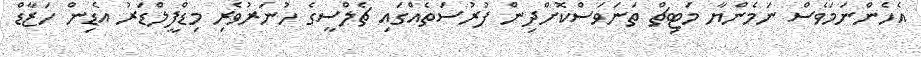
އެހެންނަމަވެސް ނަމެންޔާ މަޓިޗް ތަނަވަސްކޮށްދިން ފުރުސަތެއްގައި ޗެލްސީގެ ހުނަރުވެރި މިޑްފީލްޑަރު އެޑިން ހަޒާޑް